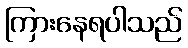
ကြားနေရပါသည်